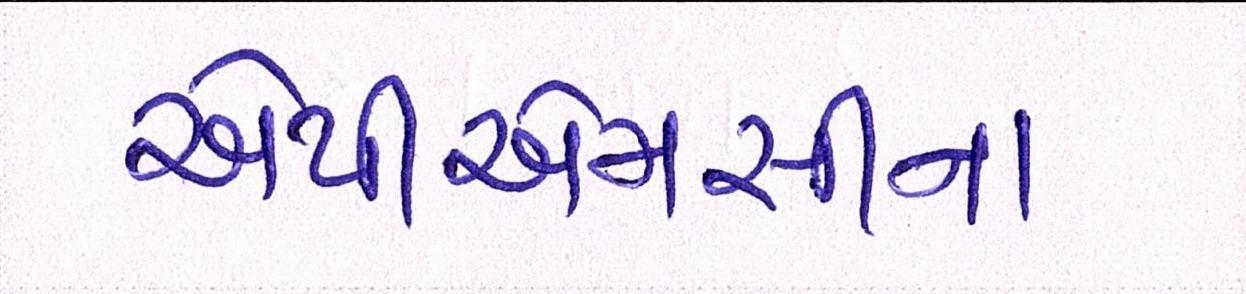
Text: એપીએમસીના